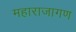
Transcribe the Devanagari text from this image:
महाराजागण